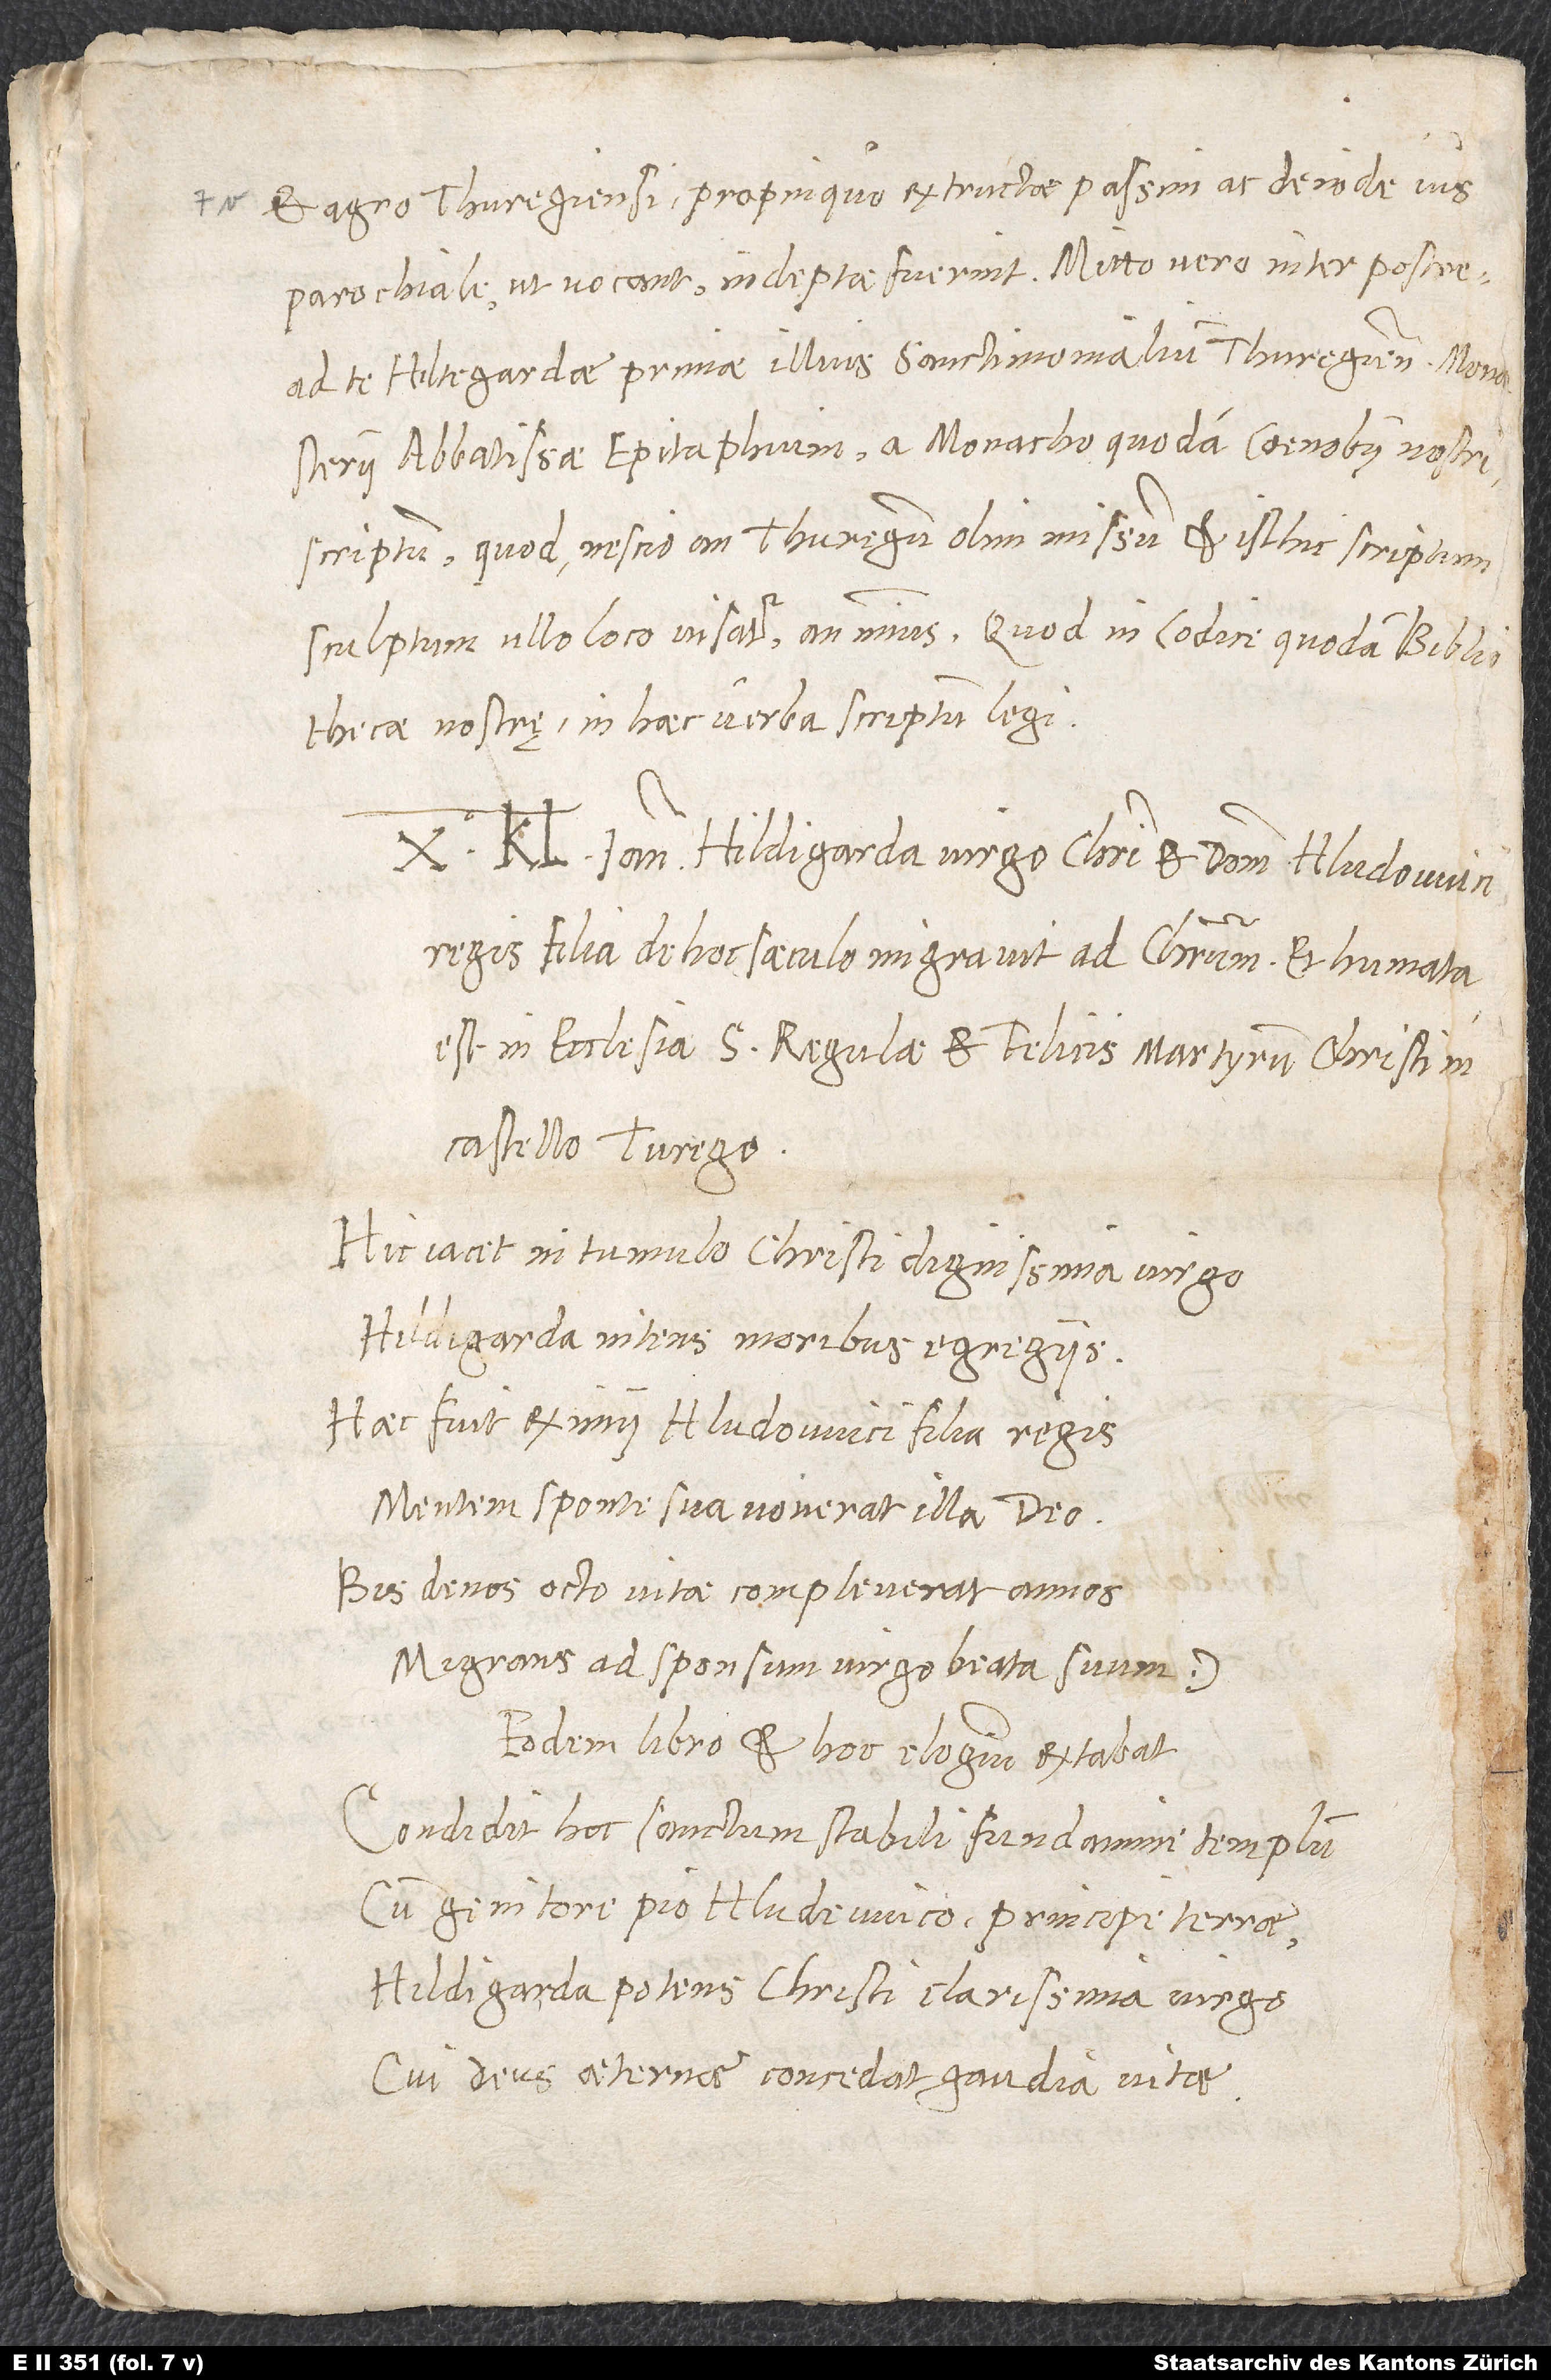
ad te Hiltegardae, primae illius sanctimonialium Thuregiensium monasterii
abbatissae, epitaphium a monacho quodam coenobii nostri
scriptum, quod nescio an Thuregum olim missum et isthic scriptum
sculptum ullo loco visatur an minus, quod in codice quodam bibliothecae
nostrę in haec verba scriptum legi:
10. kalendas ianuarii Hildigarda, virgo Christi et domini Hludowici
regis filia, de hoc saeculo migravit ad Christum et humata
est in ecclesia S. Regulae et Felicis, martyrum Christi,
castello Turego.
Hic iacet in tumulo Christi dignissima virgo
Hildigarda nitens moribus egregiis.
Haec fuit eximii Hludowici filia regis
Mentem sponte sua voverat illa deo
Bis denos octo vitae compleverat annos
Migrans ad sponsum virgo beata suum.
Eodem libro et hoc elogium extabat:
Condidit hoc sanctum stabili fundamine templum
Cum genitore pio Hludewico, principe terrae,
Hildigarda potens, Christi clarissima virgo,
Cui deus aeternae concedat gaudia vitae.